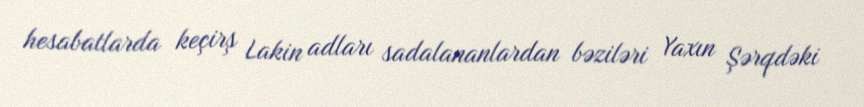
hesabatlarda keçirş Lakin adları sadalananlardan bəziləri Yaxın Şərqdəki